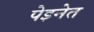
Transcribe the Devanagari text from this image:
पेइनेत